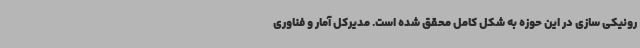
رونیکی سازی در این حوزه به شکل کامل محقق شده است. مدیرکل آمار و فناوری